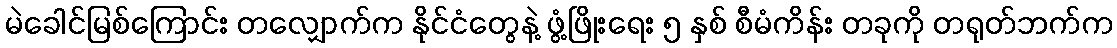
မဲခေါင်မြစ်ကြောင်း တလျှောက်က နိုင်ငံတွေနဲ့ ဖွံ့ဖြိုးရေး ၅ နှစ် စီမံကိန်း တခုကို တရုတ်ဘက်က